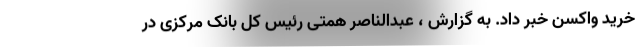
خرید واکسن خبر داد. به گزارش ، عبدالناصر همتی رئیس کل بانک مرکزی در